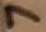
Text: 7